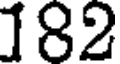
182